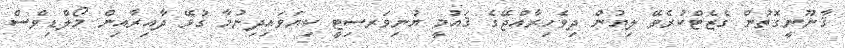
ޤާނޫނީގޮތުން ގެޒެޓްކުރެވޭ ލިޔުން ދިވެހިރާއްޖޭގެ ޤައުމީ ޔުނިވަރސިޓީ ކިޔަވައިދިނުމާ ގުޅޭ ދާއިރާއިން މޯލްޑިވްސް